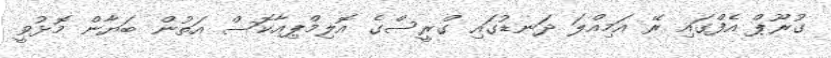
ގުރޫޕް އެފްގައި ރޭ އަމިއްލަ ދަނޑުގައި ގްރީސްގެ އޮލިމްޕިއާކޮސް އަތުން ބަޔާން މޮޅުވީ